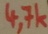
Text: 4,7k